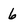
Character: 6